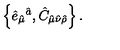
\left\{ \hat { e } _ { \hat { \mu } } { } ^ { \hat { a } } , \hat { C } _ { \hat { \mu } \hat { \nu } \hat { \rho } } \right\} .